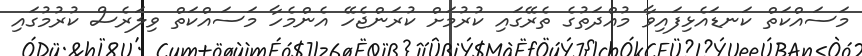
މަސައްކަތް ކަނޑައެޅިފައިވާ މުއްދަތުގެ ތެރޭގައި ކުރުމަށް ކުރަންޖެހޭ އެންމެހާ މަސައްކަތް ވިލަރެސް ކުރުމުގައި